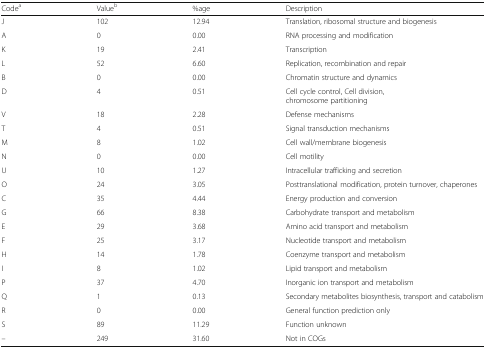
<table><thead><tr><td><b>Code<sup>a</sup></b></td><td><b>Value<sup>b</sup></b></td><td><b>%age</b></td><td><b>Description</b></td></tr></thead><tbody><tr><td>J</td><td>102</td><td>12.94</td><td>Translation, ribosomal structure and biogenesis</td></tr><tr><td>A</td><td>0</td><td>0.00</td><td>RNA processing and modification</td></tr><tr><td>K</td><td>19</td><td>2.41</td><td>Transcription</td></tr><tr><td>L</td><td>52</td><td>6.60</td><td>Replication, recombination and repair</td></tr><tr><td>B</td><td>0</td><td>0.00</td><td>Chromatin structure and dynamics</td></tr><tr><td>D</td><td>4</td><td>0.51</td><td>Cell cycle control, Cell division, chromosome partitioning</td></tr><tr><td>V</td><td>18</td><td>2.28</td><td>Defense mechanisms</td></tr><tr><td>T</td><td>4</td><td>0.51</td><td>Signal transduction mechanisms</td></tr><tr><td>M</td><td>8</td><td>1.02</td><td>Cell wall/membrane biogenesis</td></tr><tr><td>N</td><td>0</td><td>0.00</td><td>Cell motility</td></tr><tr><td>U</td><td>10</td><td>1.27</td><td>Intracellular trafficking and secretion</td></tr><tr><td>O</td><td>24</td><td>3.05</td><td>Posttranslational modification, protein turnover, chaperones</td></tr><tr><td>C</td><td>35</td><td>4.44</td><td>Energy production and conversion</td></tr><tr><td>G</td><td>66</td><td>8.38</td><td>Carbohydrate transport and metabolism</td></tr><tr><td>E</td><td>29</td><td>3.68</td><td>Amino acid transport and metabolism</td></tr><tr><td>F</td><td>25</td><td>3.17</td><td>Nucleotide transport and metabolism</td></tr><tr><td>H</td><td>14</td><td>1.78</td><td>Coenzyme transport and metabolism</td></tr><tr><td>I</td><td>8</td><td>1.02</td><td>Lipid transport and metabolism</td></tr><tr><td>P</td><td>37</td><td>4.70</td><td>Inorganic ion transport and metabolism</td></tr><tr><td>Q</td><td>1</td><td>0.13</td><td>Secondary metabolites biosynthesis, transport and catabolism</td></tr><tr><td>R</td><td>0</td><td>0.00</td><td>General function prediction only</td></tr><tr><td>S</td><td>89</td><td>11.29</td><td>Function unknown</td></tr><tr><td>–</td><td>249</td><td>31.60</td><td>Not in COGs</td></tr></tbody></table>